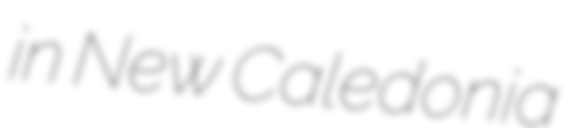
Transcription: in New Caledonia